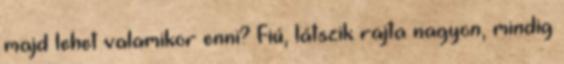
majd lehet valamikor enni? Fiú, látszik rajta nagyon, mindig